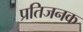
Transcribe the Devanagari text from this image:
प्रतिजनक